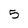
Character: 5